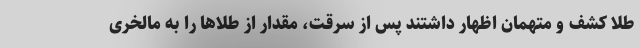
طلا کشف و متهمان اظهار داشتند پس از سرقت، مقدار از طلاها را به مالخری